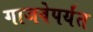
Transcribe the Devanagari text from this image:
गाजवेपर्यंत